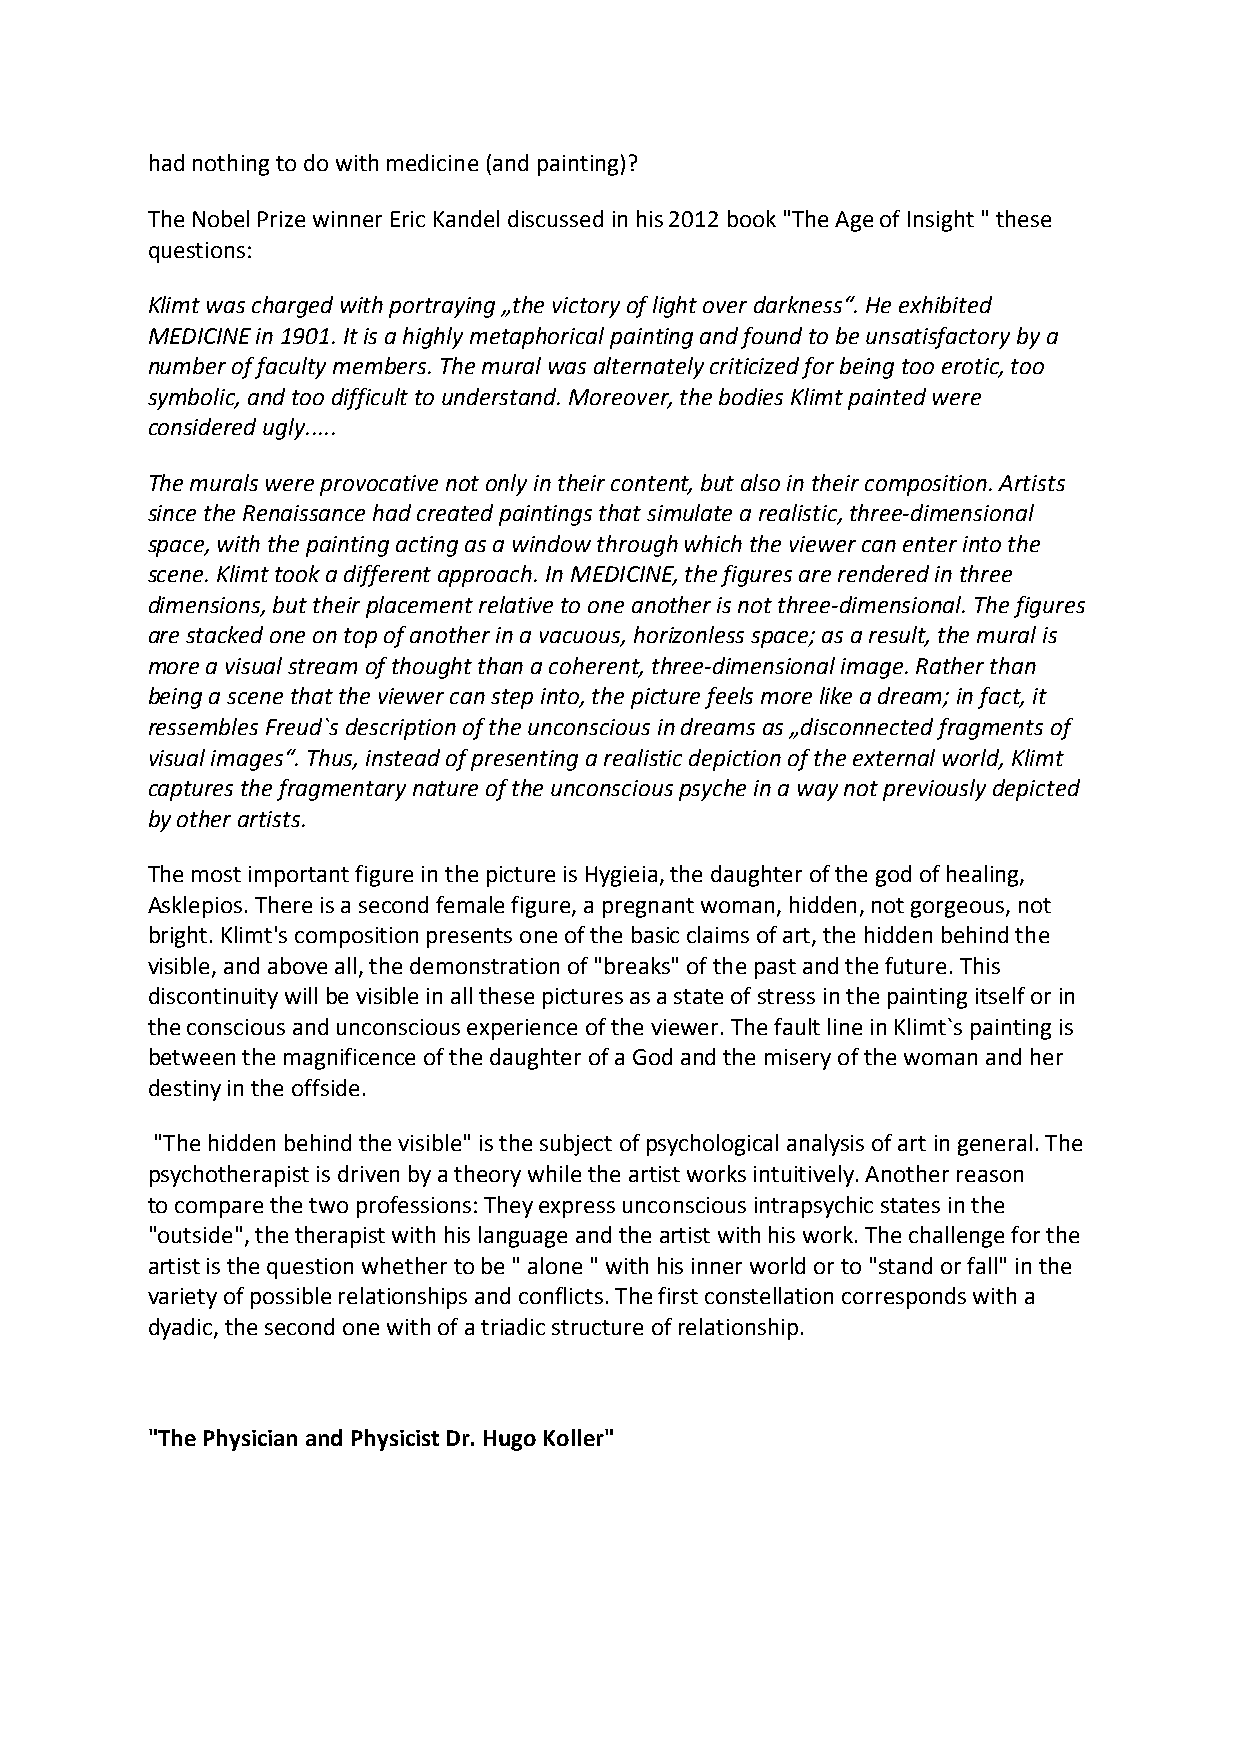
had nothing to do with medicine (and painting)?
 The Nobel Prize winner Eric Kandel discussed in his 2012 book "The Age of Insight " these
 questions:
 Klimt was charged with portraying „the victory of light over darkness“. He exhibited
 MEDICINE in 1901. It is a highly metaphorical painting and found to be unsatisfactory by a
 number of faculty members. The mural was alternately criticized for being too erotic, too
 symbolic, and too difficult to understand. Moreover, the bodies Klimt painted were
 considered ugly.....
 The murals were provocative not only in their content, but also in their composition. Artists
 since the Renaissance had created paintings that simulate a realistic, three-dimensional
 space, with the painting acting as a window through which the viewer can enter into the
 scene. Klimt took a different approach. In MEDICINE, the figures are rendered in three
 dimensions, but their placement relative to one another is not three-dimensional. The figures
 are stacked one on top of another in a vacuous, horizonless space; as a result, the mural is
 more a visual stream of thought than a coherent, three-dimensional image. Rather than
 being a scene that the viewer can step into, the picture feels more like a dream; in fact, it
 ressembles Freud`s description of the unconscious in dreams as „disconnected fragments of
 visual images“. Thus, instead of presenting a realistic depiction of the external world, Klimt
 captures the fragmentary nature of the unconscious psyche in a way not previously depicted
 by other artists.
 The most important figure in the picture is Hygieia, the daughter of the god of healing,
 Asklepios. There is a second female figure, a pregnant woman, hidden, not gorgeous, not
 bright. Klimt's composition presents one of the basic claims of art, the hidden behind the
 visible, and above all, the demonstration of "breaks" of the past and the future. This
 discontinuity will be visible in all these pictures as a state of stress in the painting itself or in
 the conscious and unconscious experience of the viewer. The fault line in Klimt`s painting is
 between the magnificence of the daughter of a God and the misery of the woman and her
 destiny in the offside.
 "The hidden behind the visible" is the subject of psychological analysis of art in general. The
 psychotherapist is driven by a theory while the artist works intuitively. Another reason
 to compare the two professions: They express unconscious intrapsychic states in the
 "outside", the therapist with his language and the artist with his work. The challenge for the
 artist is the question whether to be " alone " with his inner world or to "stand or fall" in the
 variety of possible relationships and conflicts. The first constellation corresponds with a
 dyadic, the second one with of a triadic structure of relationship.
 "The Physician and Physicist Dr. Hugo Koller"